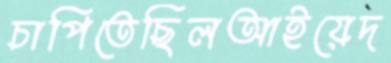
চাপিতেছিলআইয়েদ